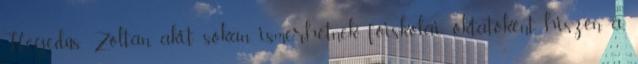
Hegedűs Zoltán, akit sokan ismerhetnek főiskolai oktatóként, hiszen a